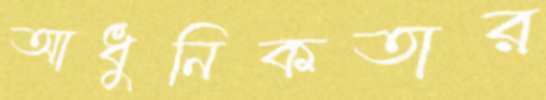
আধুনিকতার